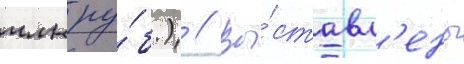
млн ру́б.) // Вы́ставл'ены